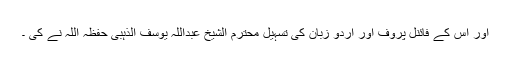
اور اس کے فائنل پروف اور اردو زبان کی تسہیل محترم الشیخ عبداللہ یوسف الذہبی حفظہ اللہ نے کی ۔